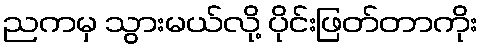
ညကမှ သွားမယ်လို့ ပိုင်းဖြတ်တာကိုး